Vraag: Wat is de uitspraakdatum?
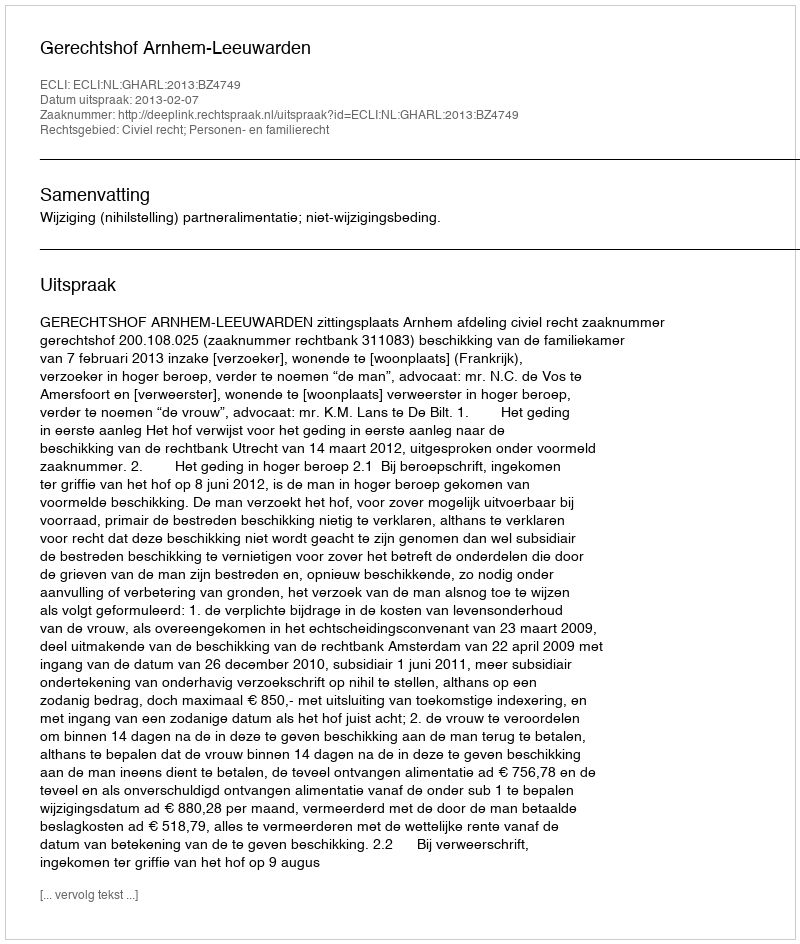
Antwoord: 2013-02-07